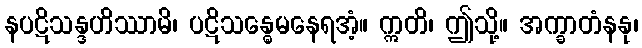
နပဋိသန္ဒဟိဿာမိ၊ ပဋိသန္ဓေမနေရအံ့။ ဣတိ၊ ဤသို့။ အက္ခာတံနနု၊